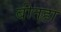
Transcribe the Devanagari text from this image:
बीतहा